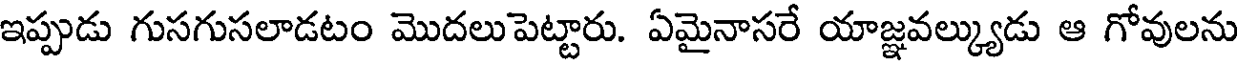
ఇప్పుడు గుసగుసలాడటం మొదలుపెట్టారు. ఏమైనాసరే యాజ్ఞవల్క్యుడు ఆ గోవులను